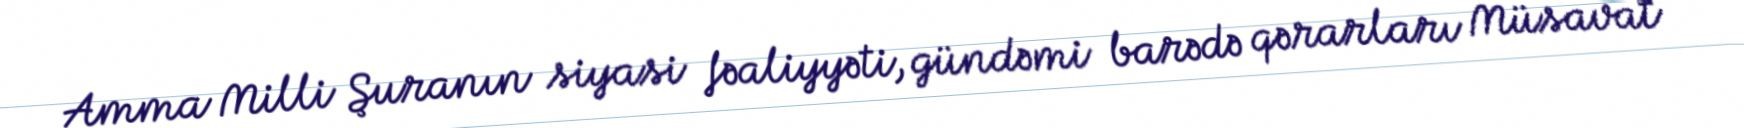
Amma Milli Şuranın siyasi fəaliyyəti, gündəmi barədə qərarları Müsavat